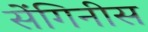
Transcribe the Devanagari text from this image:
सेंगिनीस